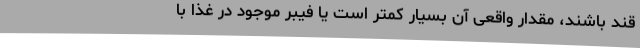
قند باشند، مقدار واقعی آن بسیار کمتر است یا فیبر موجود در غذا با